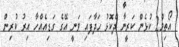
އޯތިމް2 ކުޅެން ކަރީނާ ދެކޮޅު ހަދާފައި ވަނީ އޭގެ ގަޑިއެއްހާ އިރު ކުރިން